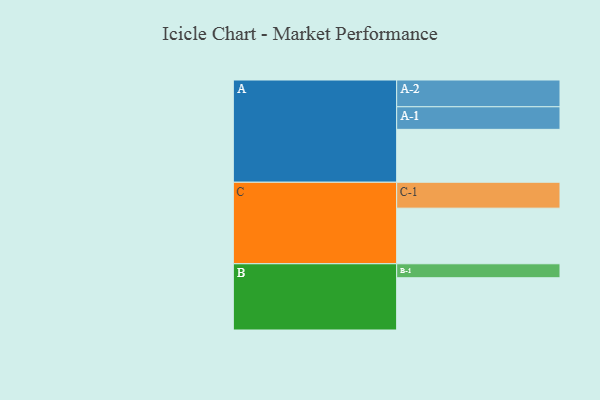
{"axis": {"x": "Segment", "y": "Value"}, "legend": ["", "A", "B", "C"], "data": [{"x": "A", "y": 567, "type": ""}, {"x": "B", "y": 560, "type": ""}, {"x": "C", "y": 596, "type": ""}, {"x": "A-1", "y": 242, "type": "A"}, {"x": "A-2", "y": 287, "type": "A"}, {"x": "B-1", "y": 150, "type": "B"}, {"x": "C-1", "y": 278, "type": "C"}]}